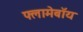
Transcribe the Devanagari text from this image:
फ्लामेबॉय